Annual report on the health of the army in India
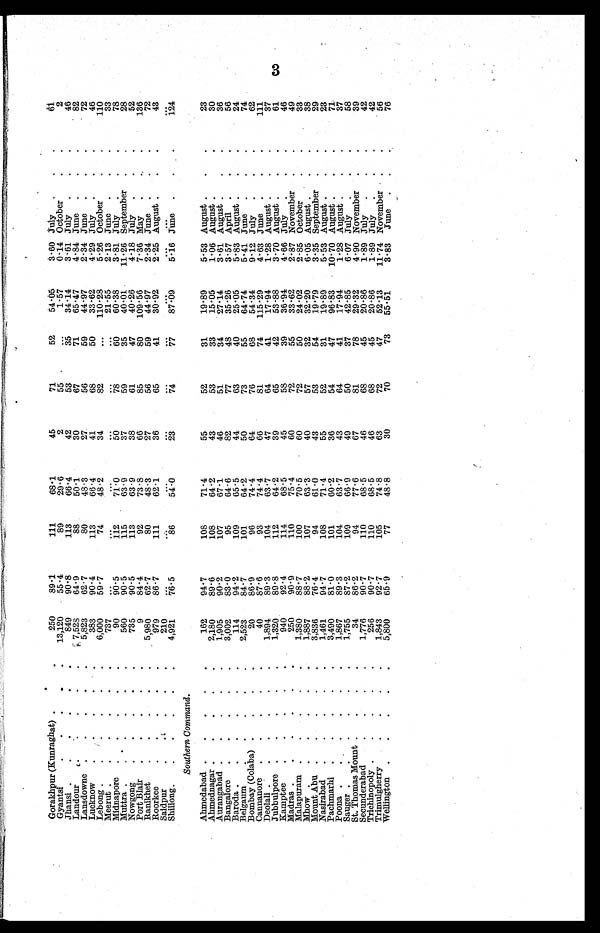
Gorakhpur(Kunraghat) .
.
250
89.1
111
68.1
45
71
52
54.05
3.60 July . . .
6 1
Gyantsi
. . . . .
13,120
55.4
89
29.6
2
55
. . .
1.57
0.14 October.
.
2
Jhansi . . . . . .
849
90.8
113
66.4
42
53
35
34.14
3.61 July . . .
46
Landour
. . .
7,528
64.9
88
50.1
30
67
71
65.47
4.84 June . . . .
82
Lansdowne . . . . .
5,823
62.7
80
48.3
27
56
59
44.97
2.34 June . . .
72
Lucknow. . .
383
90.4
113
66.4
41
68
50
33.62
4.29 July . . .
46
Lebong.
. . . .
6,000
59.7
74
48.2
34
82
. .
110.28
5.26 October . . .
110
Meerut . . . . . .
737 ...
. . .
. . .
. . .
. . .
. . . 21.55
2.13 June . . .
33
Midnapore
. . . .
90
90.5
112
71.0
50
7 8
60
60.38
3.81 July
. .
78
Muttra . . . . . . .
560
90.5
115
63.9
37
59
35
40.01
11.26 September . .
28
Nowgong
. . . . .
735
90.5
113
63.9
38
61
47
40.26
4.18 July . . .
52
Port Blair . . . . .
9
84.4
92
73.8
66
85
80
109.56
7.36 May . . .
136
Ranikhet
. .
5 980
62.7
80
48.3
27
56
59
44.97
2.34 June . . .
72
Roorkee
. . . . .
979
86.7
111
62.1
36
65
41
30.92
2.25 A.ugust . . .
43
Saidpur.
.
. . .
210 ...
. . . ...
. . .
. . .
. . .
. . .
. . .
...
. . .
Shillong.
. . . . .
4,921
76.5
86
54.0
23
7 4
7 7
87.09
5.16 June . .
124
Southern Command.
Ahmedabad . . . . .
162
94.7
108
71.4
55
52
31
19.89
5.53 August . . .
23
Ahmednagar . . . . .
2,180
89.6
108
64.2
43
53
33
15.05
1.06 August. . .
3 0
Aurangabad . . . . .
1,905
90.2
107
67.1
46
51
34
27.14
3.61 August . . .
36
Bangalore . . . . .
3,002
83.0
95
64.6
82
77
48
35.26
3.57 April . . .
56
Baroda . . . . . .
114
94.2
109
65.5
44
63
40
25.05
5.83 August . . .
24
Belgaum
. . . . .
2,523
84.7
101
64.2
50
73
55
64.74
5.41 June . . .
74
Bombay (Colaba) . . . .
20
86.9
96
74.4
64
76
68
54.34
9.12 July . . .
62
Cannanore . . . . .
40
87.6
93
74.4
66
81
74
115.29
4.63 June . . .
111
Deolali . . . . . .
1,894
89.3
104
63.7
47
64
41
17.94
1.28 August . . .
37
Jubbulpore . . . . .
1,320
89.8
112
64.2
39
65
42
53.88
3.70 August . . .
61
Kamptee
. . . . .
940
92.4
114
68.5
45
58
39
36.94
4.66 July . .
46
Madras . . . . . .
250
90.9
110
75.4
60
72
55
33.62
2.87 November . .
49
Malapuram . .
. . .
1,380
88.7
100
70.5
60
72
50
24.02
2.85 October
.
33
Mhow . . . . .
1,887
88.2
107
63.3
40
57
32
32.20
6.05 August. . .
38
Mount Abu . . . .
3,836
76.4
94
61.0
43
53
54
19.79
3.35 September . .
29
Nasirabad . . . . .
1,461
94.7
108
71.4
55
52
31
19.89
5.53 August . . .
23
Pachmarhi . . . . .
3,490
81.0
101
60.2
36
54
47
96.83
10.70 August . . .
71
Poona . . . . . .
1,867
89.3
104
63.7
43
64
41
17.94
1.28 August . .
37
Sauger . . . . . .
1,755
87.2
109
66.9
49
50
37
42.85
6.07 July . . .
58
St. Thomas Mount . . . . .
34
86.2
94
77.6
67
81
78
29.32
4.90 November . .
39
Secunderabad . . . .
1,776
90.7
110
68.5
46
68
45
20.86
1.89 July . . .
42
Trichinopoly . . . . .
256
90.7
110
68.5
46
68
45
20.86
1.89 July . . .
42
Trimulgherry
1,843
92.7
105
74.8
63
72
47
52.13
11.74 November . .
56
Wellington . . . . .
5,800
65.9
77
48.8
30
70
73
55.51
3.83 June .
.
76
3